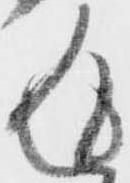
返